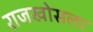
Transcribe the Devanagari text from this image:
राजखोसला